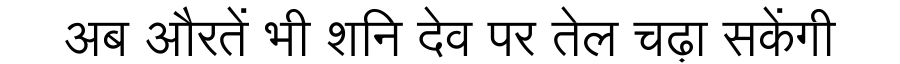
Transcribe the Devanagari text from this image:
अब औरतें भी शनि देव पर तेल चढ़ा सकेंगी